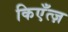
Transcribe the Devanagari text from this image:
किएँत्ज़